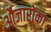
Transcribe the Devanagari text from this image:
औजारोंका